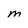
Character: M